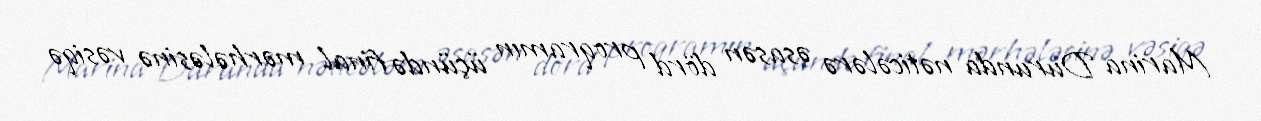
Marina Durunda nəticələrə əsasən dörd proqramın üçündə final mərhələsinə vəsiqə